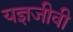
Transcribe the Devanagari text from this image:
यज्ञजीवी